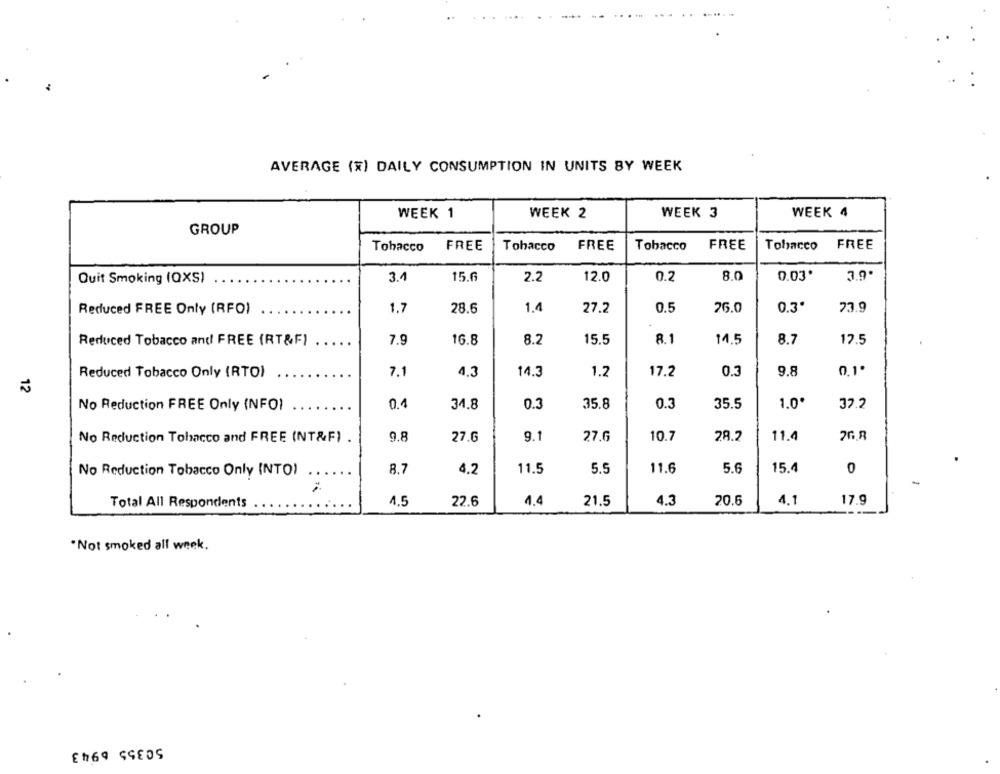
AVERAGE (X) DAILY CONSUMPTION IN UNITS BY WEEK
WEEK 1
WEEK 2
WEEK 3
WEEK 4
GROUP
Tobacco
FREE
Tobacco
FREE
Tobacco
FREE
Tobacco FREE
3.4
15.6
2.2
12.0
0.2
8.0
0.03.
3.9.
Quit Smoking (QXS)
1.7
28.6
1.4
27.2
0.5
26.0
0.3*
73.9
Reduced FREE Only (RFO)
Reduced Tobacco and FREE (RT&F)
16.8
8.2
15.5
8.1
14.5
8.7
17.5
7.9
4,3
14.3
1.2
0.3
9.8
0,1.
Reduced Tobacco Only (RTO)
7.1
17.2
12
32.2
No Reduction FREE Only (NFO)
0.4
34.8
0.3
35.8
0.3
35.5
1.0'
No Reduction Tobacco and FREE (NT&F) .
9.8
27.6
9.1
27.6
10.7
28.2
11.4
No Reduction Tobacco Only INTO)
8.7
4.2
11.5
5.5
11.6
5.6
15.4
0
Total All Respondents
4.5
22.6
1.4
21.5
4.3
20.6
4.1
17.9
" Not smoked all week.
50355 6943